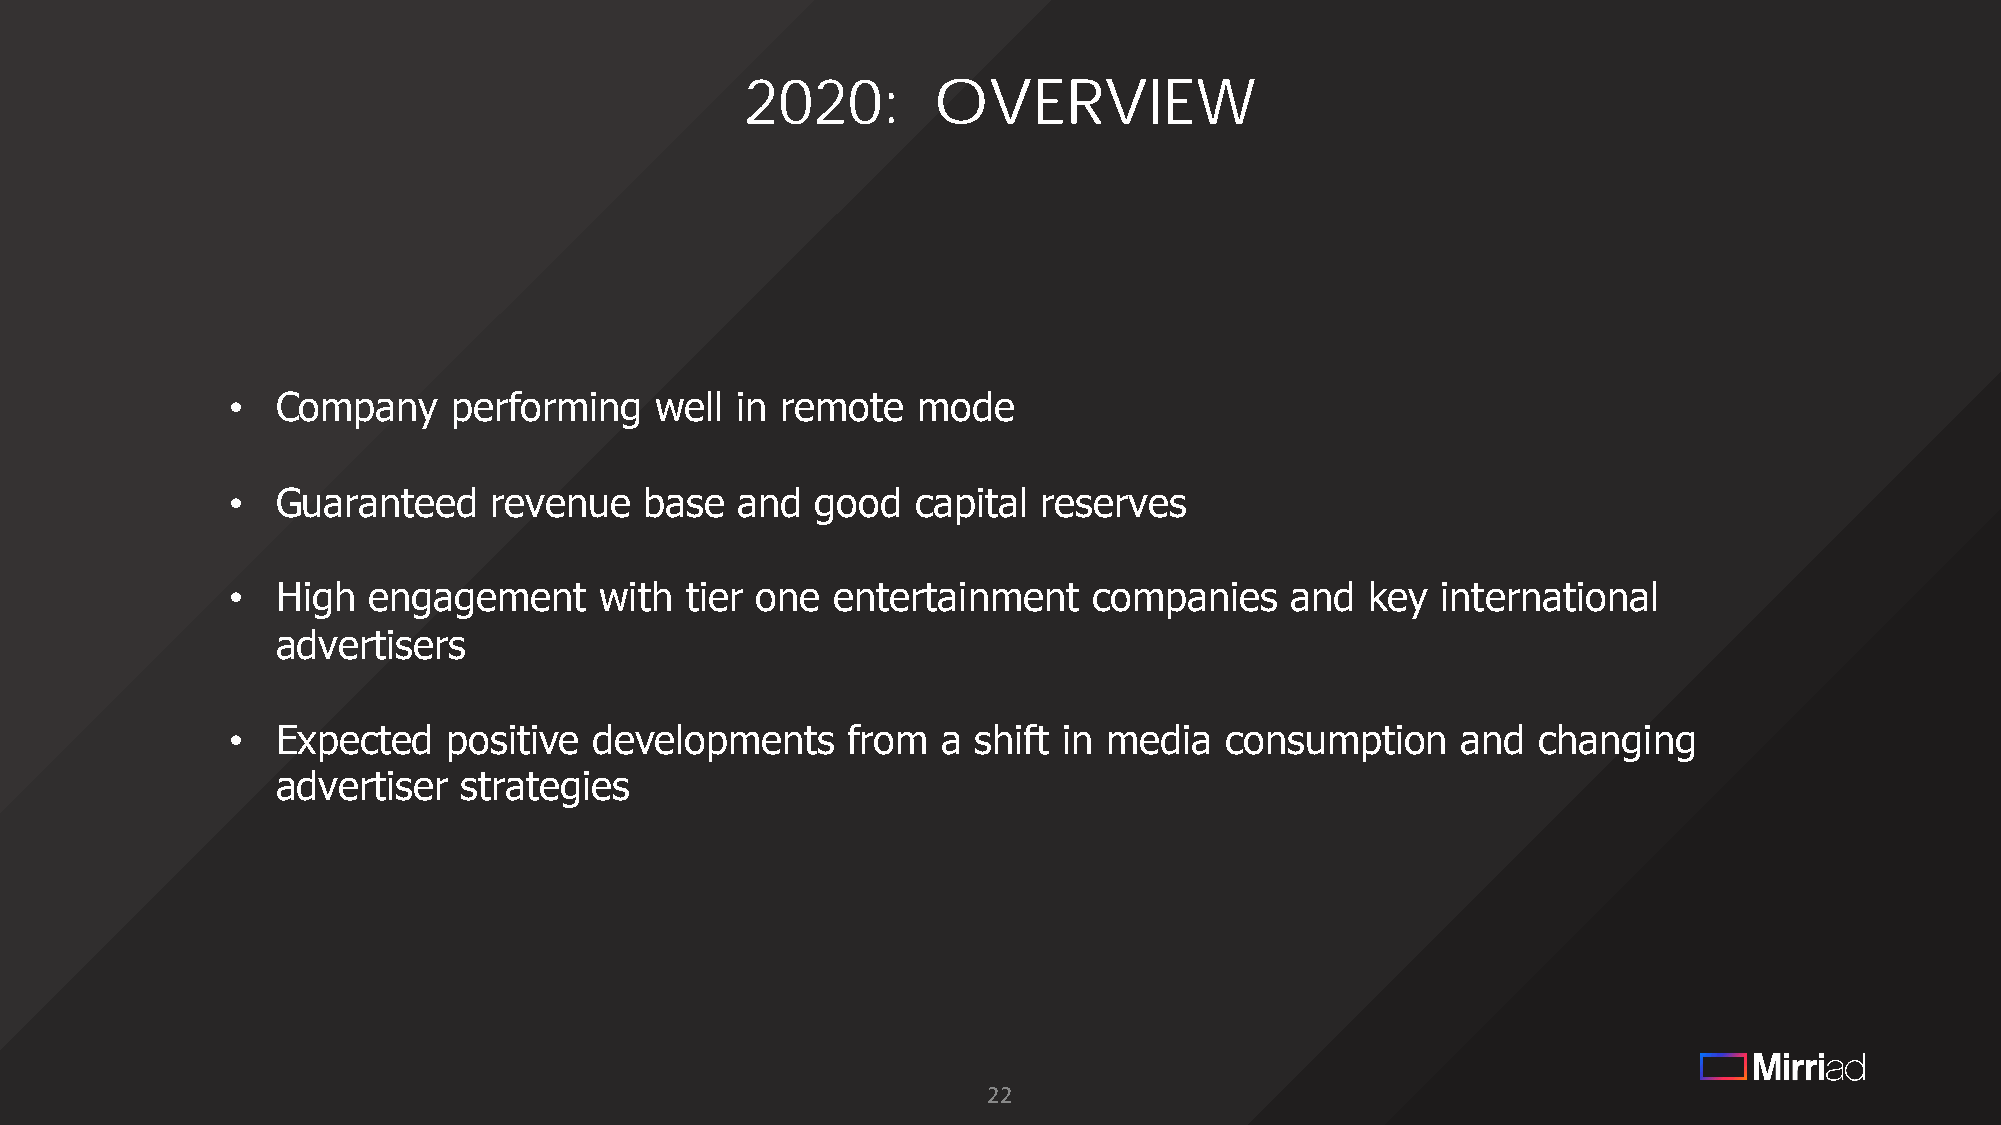
2020:        OVERVIEW
 •  Company     performing   well  in remote   mode
 •  Guaranteed    revenue    base  and  good   capital reserves
 •  High  engagement      with tier one  entertainment    companies    and  key  international
 advertisers
 •  Expected    positive developments     from  a  shift in media  consumption     and  changing
 advertiser   strategies
 22